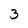
Character: 3